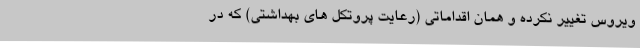
ویروس تغییر نکرده و همان اقداماتی (رعایت پروتکل های بهداشتی) که در